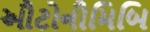
ઔટોનૌમિબિ